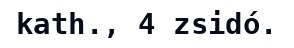
kath., 4 zsidó.